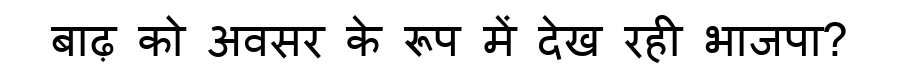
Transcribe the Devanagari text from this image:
बाढ़ को अवसर के रूप में देख रही भाजपा?